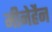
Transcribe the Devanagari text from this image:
मीनेहैन